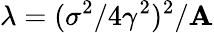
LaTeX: \lambda=(\sigma^{2}/4\gamma^{2})^{2}/\mathbf{A}